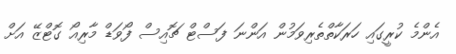
އެންމެ ކުރީގައި ހަރަކާތްތެރިވަމުން އަންނަ ފަސްޓް ޗޮއިސް ފޯވަޑް މާރިއޯ ގޮޓްޒޭ އަށް